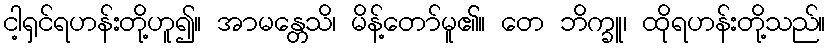
ငါ့ရှင်ရဟန်းတို့ဟူ၍။ အာမန္တေသိ၊ မိန့်တော်မူ၏။ တေ ဘိက္ခူ၊ ထိုရဟန်းတို့သည်။